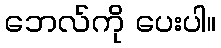
ဘေလ်ကို ပေးပါ။